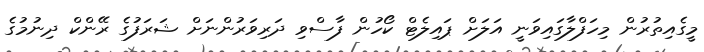
މީގެއިތުރުން މިހަފްލާގައިވަނީ އަލަށް ޕައިލެޓް ކޯހުން ފާސްވި ދަރިވަރުންނަށް ޝަރަފުގެ ރޭންކް ދިނުމުގެ